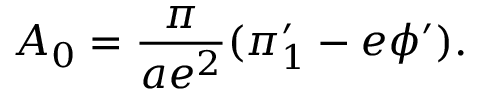
A _ { 0 } = { \frac { \pi } { a e ^ { 2 } } } ( \pi _ { 1 } ^ { \prime } - e \phi ^ { \prime } ) .